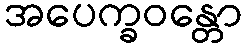
အပေက္ခဝန္တော